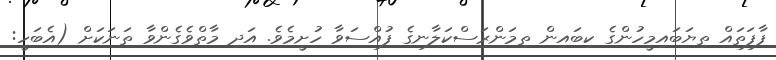
ފާފަތައް ތިޔަބައިމީހުންގެ ކިބައިން ތިމަންރަސްކަލާނގެ ފުއްސަވާ ހުށީމެވެ. އަދި މާތްވެގެންވާ ތަނަކަށް (އެބަހީ: